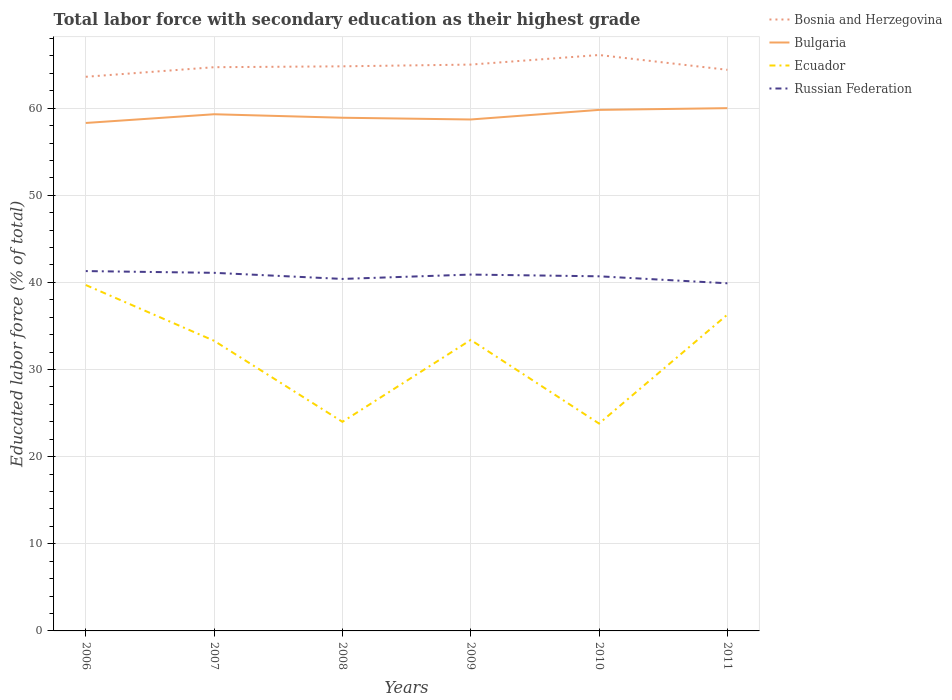
| Years | Bosnia and Herzegovina | Bulgaria | Ecuador | Russian Federation |
 | --- | --- | --- | --- | --- |
 | 2006 | 63.6 | 58.3 | 39.7 | 41.3 |
 | 2007 | 64.7 | 59.3 | 33.3 | 41.1 |
 | 2008 | 64.8 | 58.9 | 24 | 40.4 |
 | 2009 | 65 | 58.7 | 33.4 | 40.9 |
 | 2010 | 66.1 | 59.8 | 23.8 | 40.7 |
 | 2011 | 64.4 | 60 | 36.3 | 39.9 |